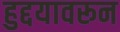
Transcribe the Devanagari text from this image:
हुद्दयावरून